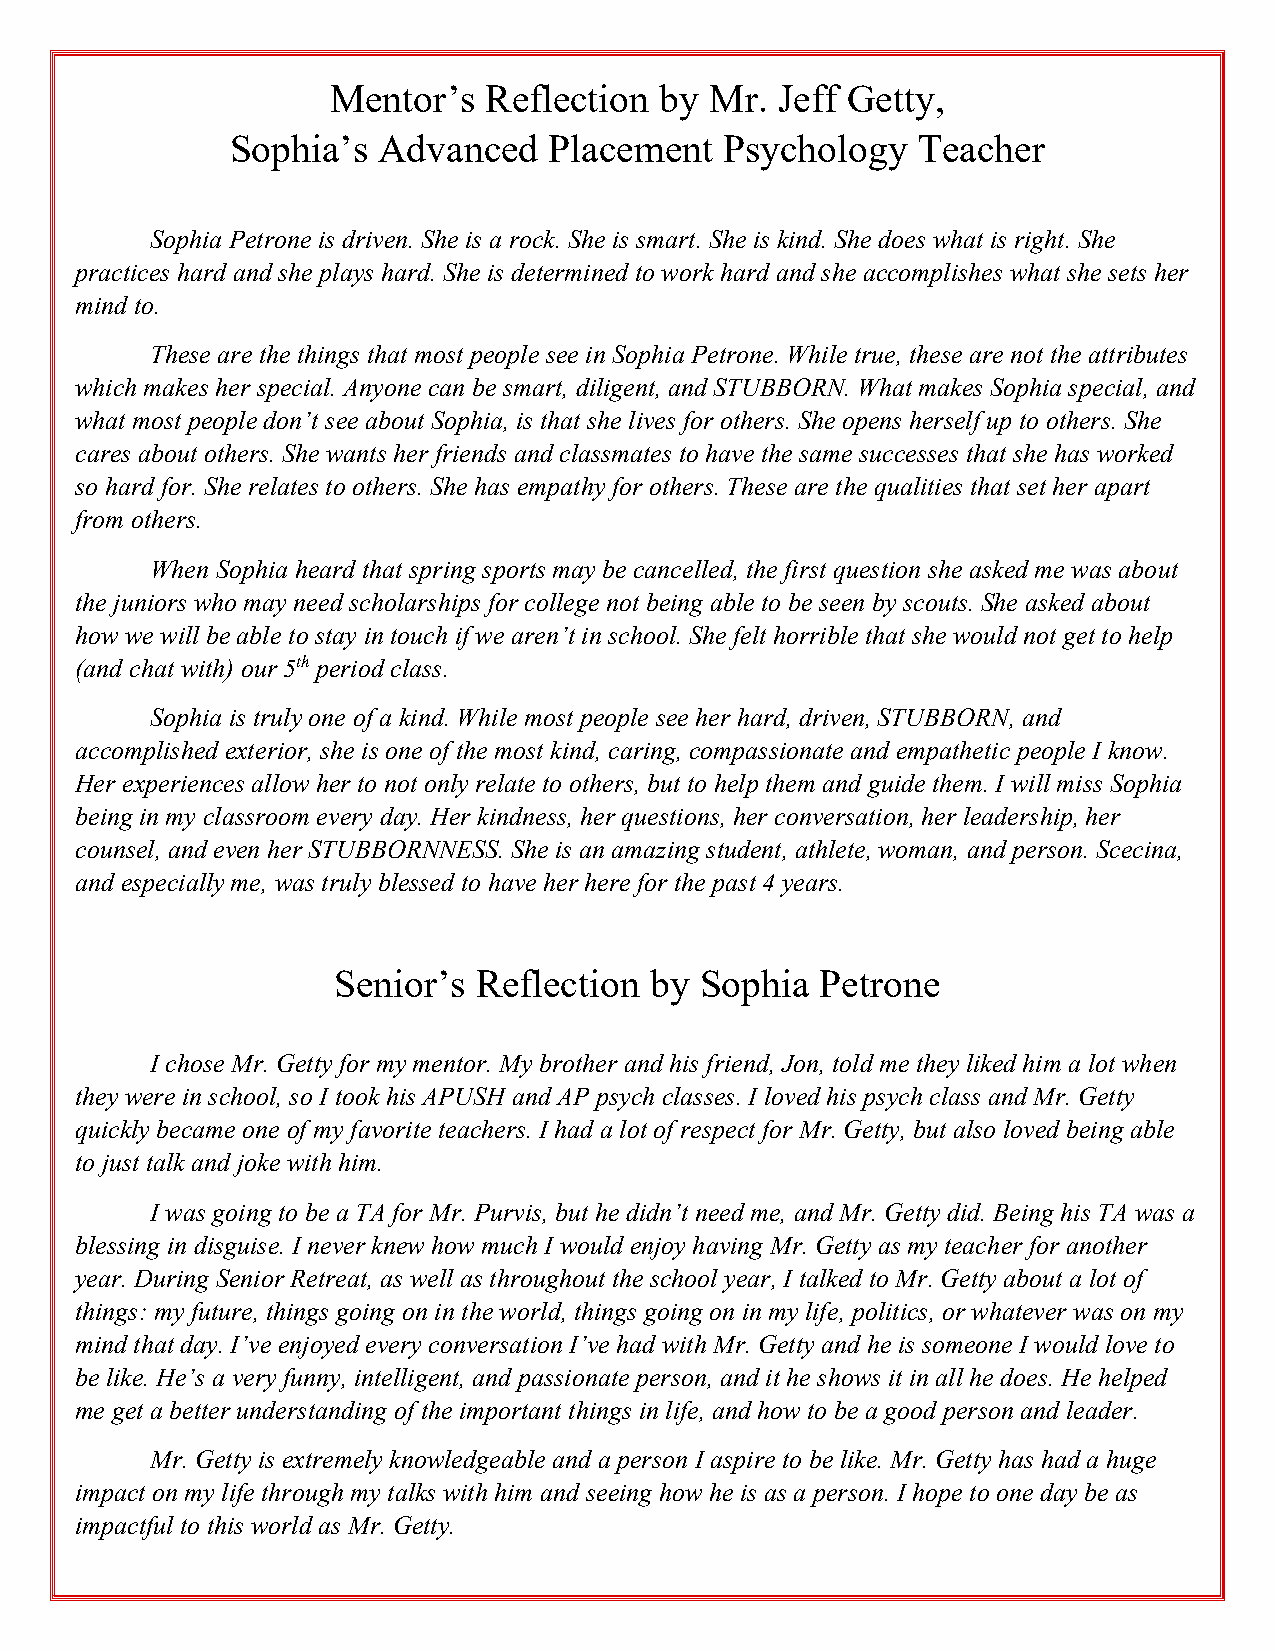
Mentor’s  Reflection  by Mr. Jeff Getty,
 Sophia’s  Advanced   Placement   Psychology   Teacher
 Sophia Petrone is driven. She is a rock. She is smart. She is kind. She does what is right. She
 practices hard and she plays hard. She is determined to work hard and she accomplishes what she sets her
 mind to.
 These are the things that most people see in Sophia Petrone. While true, these are not the attributes
 which makes her special. Anyone can be smart, diligent, and STUBBORN. What makes Sophia special, and
 what most people don’t see about Sophia, is that she lives for others. She opens herself up to others. She
 cares about others. She wants her friends and classmates to have the same successes that she has worked
 so hard for. She relates to others. She has empathy for others. These are the qualities that set her apart
 from others.
 When Sophia heard that spring sports may be cancelled, the first question she asked me was about
 the juniors who may need scholarships for college not being able to be seen by scouts. She asked about
 how we will be able to stay in touch if we aren’t in school. She felt horrible that she would not get to help
 (and chat with) our 5th period class.
 Sophia is truly one of a kind. While most people see her hard, driven, STUBBORN, and
 accomplished exterior, she is one of the most kind, caring, compassionate and empathetic people I know.
 Her experiences allow her to not only relate to others, but to help them and guide them. I will miss Sophia
 being in my classroom every day. Her kindness, her questions, her conversation, her leadership, her
 counsel, and even her STUBBORNNESS. She is an amazing student, athlete, woman, and person. Scecina,
 and especially me, was truly blessed to have her here for the past 4 years.
 Senior’s  Reflection by Sophia  Petrone
 I chose Mr. Getty for my mentor. My brother and his friend, Jon, told me they liked him a lot when
 they were in school, so I took his APUSH and AP psych classes. I loved his psych class and Mr. Getty
 quickly became one of my favorite teachers. I had a lot of respect for Mr. Getty, but also loved being able
 to just talk and joke with him.
 I was going to be a TA for Mr. Purvis, but he didn’t need me, and Mr. Getty did. Being his TA was a
 blessing in disguise. I never knew how much I would enjoy having Mr. Getty as my teacher for another
 year. During Senior Retreat, as well as throughout the school year, I talked to Mr. Getty about a lot of
 things: my future, things going on in the world, things going on in my life, politics, or whatever was on my
 mind that day. I’ve enjoyed every conversation I’ve had with Mr. Getty and he is someone I would love to
 be like. He’s a very funny, intelligent, and passionate person, and it he shows it in all he does. He helped
 me get a better understanding of the important things in life, and how to be a good person and leader.
 Mr. Getty is extremely knowledgeable and a person I aspire to be like. Mr. Getty has had a huge
 impact on my life through my talks with him and seeing how he is as a person. I hope to one day be as
 impactful to this world as Mr. Getty.